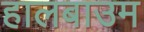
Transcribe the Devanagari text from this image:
हालबाउम